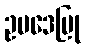
ဥပဒေပြု